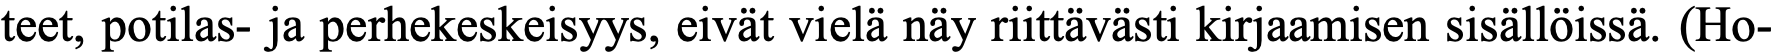
teet, potilas- ja perhekeskeisyys, eivät vielä näy riittävästi kirjaamisen sisällöissä. (Ho-